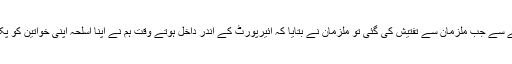
اسی حوالے سے جب ملزمان سے تفتیش کی گئی تو ملزمان نے بتایا کہ ائیرپورٹ کے اندر داخل ہوتے وقت ہم نے اپنا اسلحہ اپنی خواتین کو پکڑا دیا تھا۔